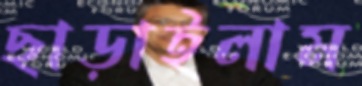
ছাড়াইলাম